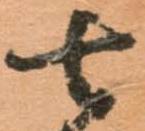
七